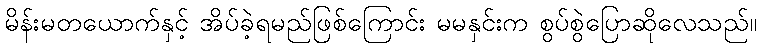
မိန်းမတယောက်နှင့် အိပ်ခဲ့ရမည်ဖြစ်ကြောင်း မမနှင်းက စွပ်စွဲပြောဆိုလေသည်။